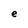
Character: e